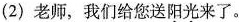
(2)老师，我们给您送\underset{·}{阳}\underset{·}{光}来了。